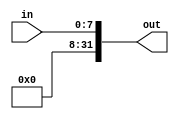
module top_module (
    input [7:0] in,
    output [31:0] out );//

    // Insert your code below
    // assign out = { replicate-sign-bit , the-input };

    assign out = { (in[7] & 1) << 24, in };

endmodule